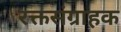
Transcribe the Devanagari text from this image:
रक्तसंग्राहक